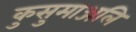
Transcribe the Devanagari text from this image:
कुसुमाञ्जलि